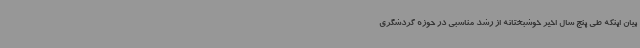
بیان اینکه طی پنج سال اخیر خوشبختانه از رشد مناسبی در حوزه گردشگری